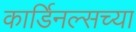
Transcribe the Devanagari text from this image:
कार्डिनल्सच्या